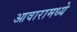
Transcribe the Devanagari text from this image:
आवारामध्ये